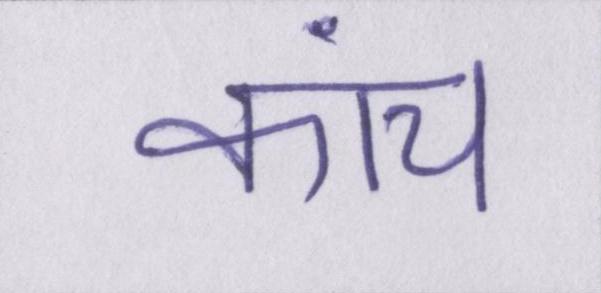
कांच